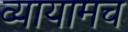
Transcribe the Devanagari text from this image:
व्यायामच